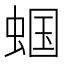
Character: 蝈